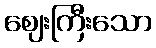
ဈေးကြီးသော